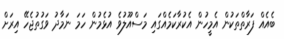
ބެއެއް ފަރާތްތަކުން އެމީހުން އެކުރާކަމެއްގައި މަސްއޫލުވެ އުޅެމުން ހަމަ ނަމާދު ވަގުތުޖެހޭ އިރަށް